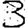
Digit: 3